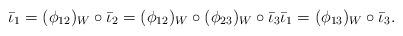
LaTeX: \begin{align*}\bar\iota_1 = (\phi_{12})_W \circ \bar\iota_2 = (\phi_{12})_W \circ (\phi_{23})_W \circ \bar\iota_3 \bar\iota_1 = (\phi_{13})_W \circ \bar\iota_3 .\end{align*}